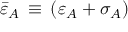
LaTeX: { \bar { \varepsilon } } _ { A } \, \equiv \, ( \varepsilon _ { A } + \sigma _ { A } )